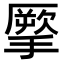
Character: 𢴺